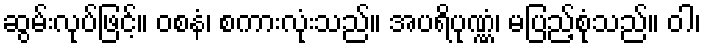
ဆွမ်းလုပ်ဖြင့်။ ဝစနံ၊ စကားလုံးသည်။ အပရိပုဏ္ဏံ၊ မပြည့်စုံသည်။ ဝါ၊